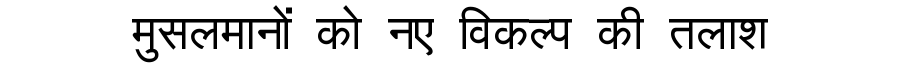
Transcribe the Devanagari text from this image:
मुसलमानों को नए विकल्प की तलाश